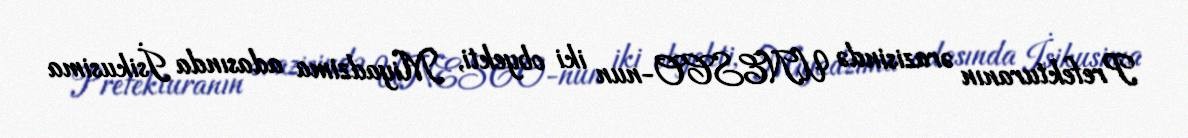
Prefekturanın ərazisində UNESCO-nun iki obyekti, Miyadzima adasında İsikusima